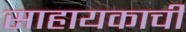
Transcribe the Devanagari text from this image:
साहायकाची